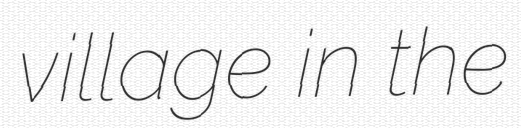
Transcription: village in the